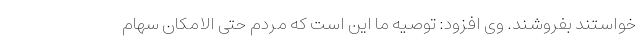
خواستند بفروشند. وی افزود: توصیه ما این است که مردم حتی الامکان سهام